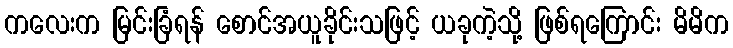
ကလေးက မြင်းခြံရန် စောင်အယူခိုင်းသဖြင့် ယခုကဲ့သို့ ဖြစ်ရကြောင်း မိမိက